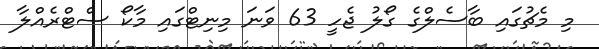
މި މެޗުގައި ބާސެލްގެ ގޯލު ޖެހީ 63 ވަނަ މިނިޓްގައި މާކޯ ސްޓްރެއްލާ